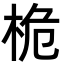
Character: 桅